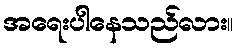
အရေးပါနေသည်လား။